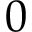
0